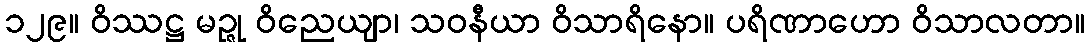
၁၂၉။ ဝိဿဋ္ဌ မဉ္ဇု ဝိညေယျာ၊ သဝနီယာ ဝိသာရိနော။ ပရိဏာဟော ဝိသာလတာ။